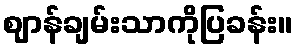
ဈာန်ချမ်းသာကိုပြခန်း။